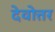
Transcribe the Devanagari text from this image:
देवोत्तर